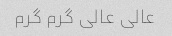
عالی عالی گرم گرم